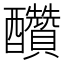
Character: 𨤆